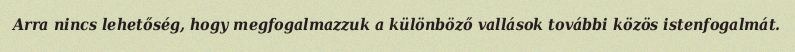
Arra nincs lehetőség, hogy megfogalmazzuk a különböző vallások további közös istenfogalmát.